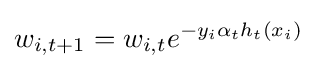
w_{i,t+1}=w_{i,t}e^{-y_{i}\alpha _{t}h_{t}(x_{i})}